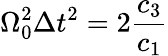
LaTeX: \Omega_{0}^{2}\Delta{t}^{2}=2\frac{c_{3}}{c_{1}}